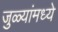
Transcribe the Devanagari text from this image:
जुळ्यांमध्ये